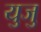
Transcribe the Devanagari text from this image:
युजु